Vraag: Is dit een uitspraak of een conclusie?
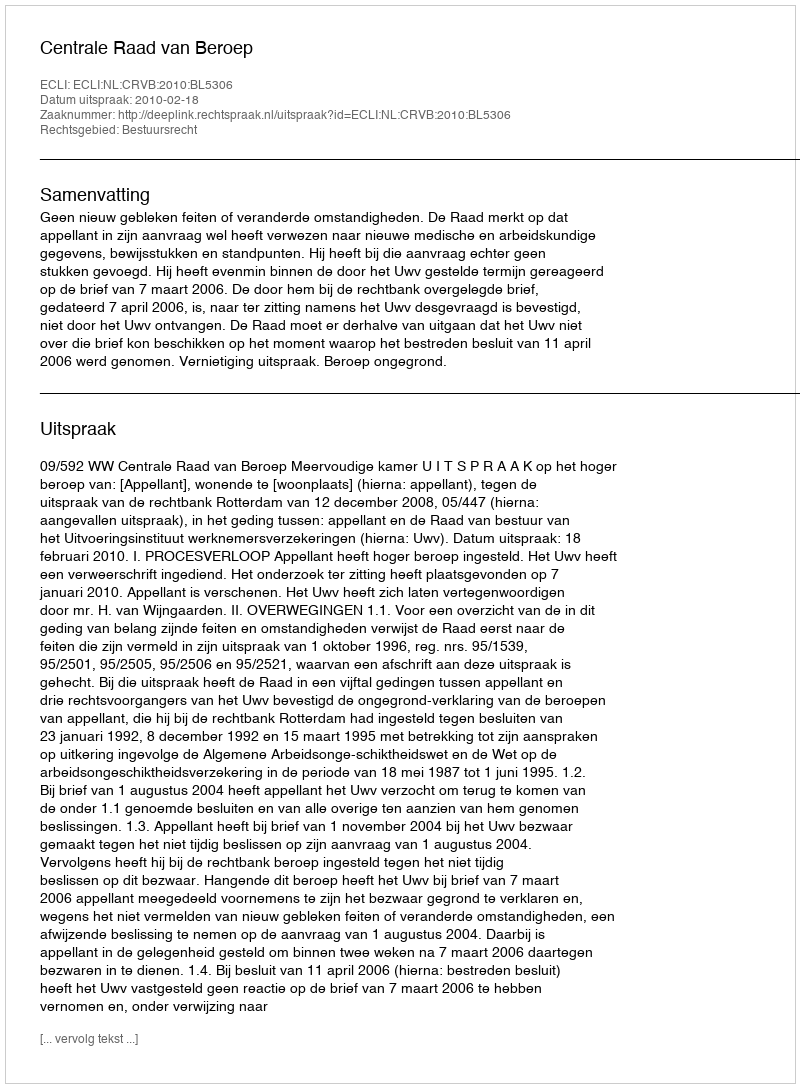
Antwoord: Uitspraak